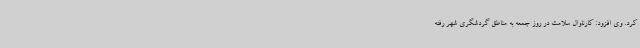
کرد. وی افزود: کارناوال سلامت در روز جمعه به مناطق گردشگری شهر رفته